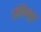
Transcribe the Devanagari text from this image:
होलिवूड